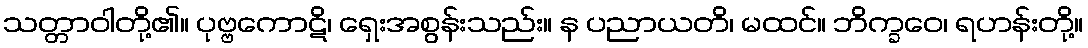
သတ္တာဝါတို့၏။ ပုဗ္ဗကောဋိ၊ ရှေးအစွန်းသည်း။ န ပညာယတိ၊ မထင်။ ဘိက္ခဝေ၊ ရဟန်းတို့။